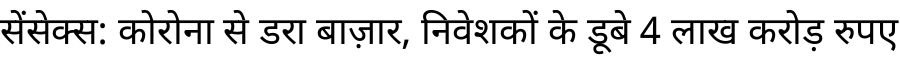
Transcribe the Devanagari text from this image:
सेंसेक्स: कोरोना से डरा बाज़ार, निवेशकों के डूबे 4 लाख करोड़ रुपए